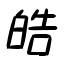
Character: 皓